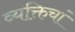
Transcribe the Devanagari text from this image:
व्यक्तिचां